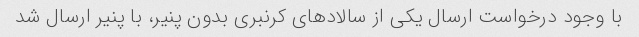
با وجود درخواست ارسال یکی از سالادهای کرنبری بدون پنیر، با پنیر ارسال شد